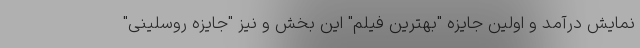
نمایش درآمد و اولین جایزه "بهترین فیلم" این بخش و نیز "جایزه روسلینی"